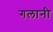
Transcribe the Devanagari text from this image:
गलानी